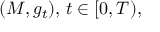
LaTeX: ( M , g _ { t } ) , \, t \in [ 0 , T ) ,